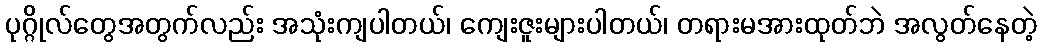
ပုဂ္ဂိုလ်တွေအတွက်လည်း အသုံးကျပါတယ်၊ ကျေးဇူးများပါတယ်၊ တရားမအားထုတ်ဘဲ အလွတ်နေတဲ့